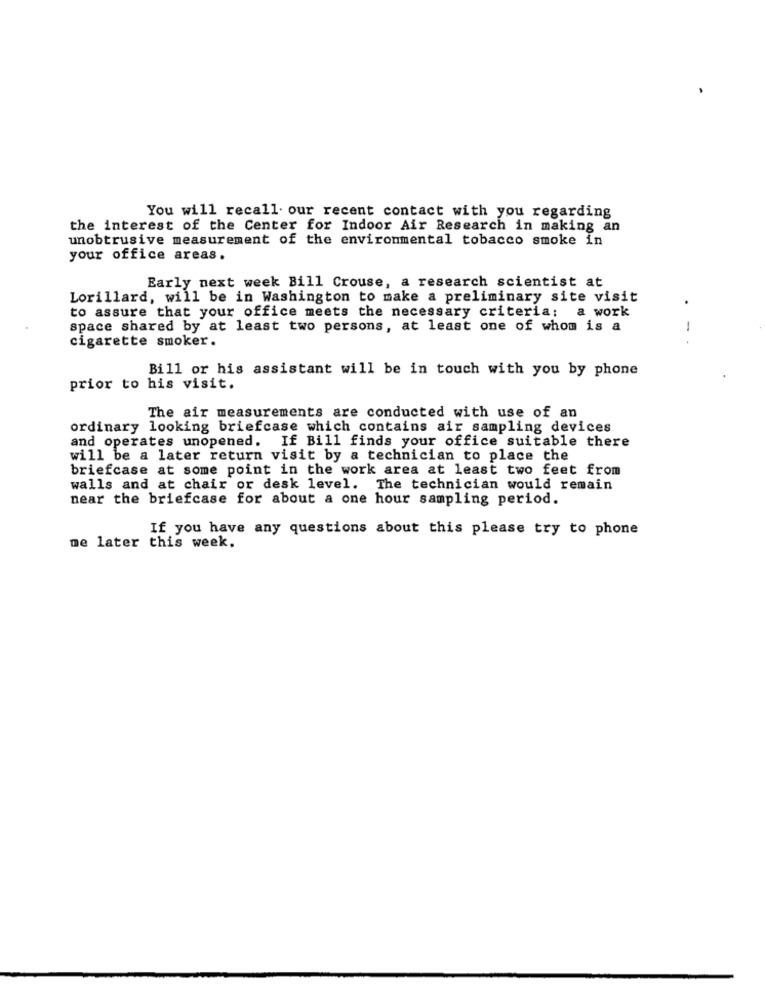
You will recall our recent contact with you regarding
the interest of the Center for Indoor Air Research in making an
unobtrusive measurement of the environmental tobacco smoke in
your office areas.
Early next week Bill Crouse, a research scientist at
Lorillard, will be in Washington to make a preliminary site visit
to assure that your office meets the necessary criteria: a work
.
space shared by at least two persons, at least one of whom is a
-
cigarette smoker.
Bill or his assistant will be in touch with you by phone
prior to his visit.
The air measurements are conducted with use of an
ordinary looking briefcase which contains air sampling devices
and operates unopened. If Bill finds your office suitable there
will be a later return visit by a technician to place the
briefcase at some point in the work area at least two feet from
walls and at chair or desk level. The technician would remain
near the briefcase for about a one hour sampling period.
If you have any questions about this please try to phone
me later this week.